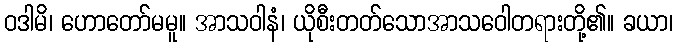
ဝဒါမိ၊ ဟောတော်မမူ။ အာသဝါနံ၊ ယိုစီးတတ်သောအာသဝေါတရားတို့၏။ ခယာ၊